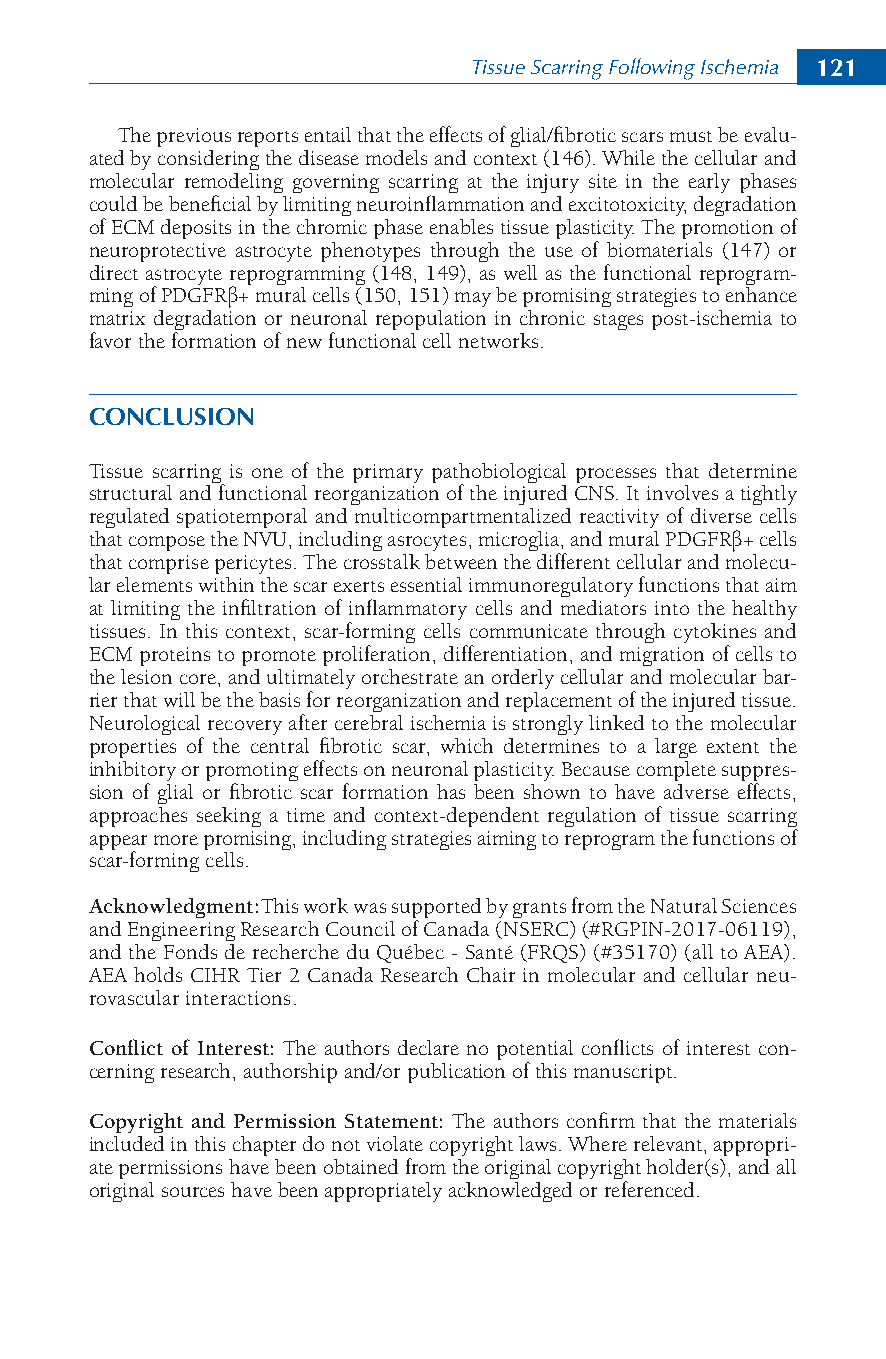
Tissue Scarring Following Ischemia 121
 The previous reports entail that the effects of glial/fibrotic scars must be evalu-
 ated by considering the disease models and context (146). While the cellular and
 molecular remodeling governing scarring at the injury site in the early phases
 could be beneficial by limiting neuroinflammation and excitotoxicity, degradation
 of ECM deposits in the chromic phase enables tissue plasticity. The promotion of
 neuroprotective astrocyte phenotypes through the use of biomaterials (147) or
 direct astrocyte reprogramming (148, 149), as well as the functional reprogram-
 ming of PDGFRβ+ mural cells (150, 151) may be promising strategies to enhance
 matrix degradation or neuronal repopulation in chronic stages post-ischemia to
 favor the formation of new functional cell networks.
 CONCLUSION
 Tissue scarring is one of the primary pathobiological processes that determine
 structural and functional reorganization of the injured CNS. It involves a tightly
 regulated spatiotemporal and multicompartmentalized reactivity of diverse cells
 that compose the NVU, including asrocytes, microglia, and mural PDGFRβ+ cells
 that comprise pericytes. The crosstalk between the different cellular and molecu-
 lar elements within the scar exerts essential immunoregulatory functions that aim
 at limiting the infiltration of inflammatory cells and mediators into the healthy
 tissues. In this context, scar-forming cells communicate through cytokines and
 ECM proteins to promote proliferation, differentiation, and migration of cells to
 the lesion core, and ultimately orchestrate an orderly cellular and molecular bar-
 rier that will be the basis for reorganization and replacement of the injured tissue.
 Neurological recovery after cerebral ischemia is strongly linked to the molecular
 properties of the central fibrotic scar, which determines to a large extent the
 inhibitory or promoting effects on neuronal plasticity. Because complete suppres-
 sion of glial or fibrotic scar formation has been shown to have adverse effects,
 approaches seeking a time and context-dependent regulation of tissue scarring
 appear more promising, including strategies aiming to reprogram the functions of
 scar-forming cells.
 Acknowledgment:This work was supported by grants from the Natural Sciences
 and Engineering Research Council of Canada (NSERC) (#RGPIN-2017-06119),
 and the Fonds de recherche du Québec - Santé (FRQS) (#35170) (all to AEA).
 AEA holds CIHR Tier 2 Canada Research Chair in molecular and cellular neu-
 rovascular interactions.
 Conflict of Interest: The authors declare no potential conflicts of interest con-
 cerning research, authorship and/or publication of this manuscript.
 Copyright and Permission Statement: The authors confirm that the materials
 included in this chapter do not violate copyright laws. Where relevant, appropri-
 ate permissions have been obtained from the original copyright holder(s), and all
 original sources have been appropriately acknowledged or referenced.